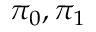
\pi _ { 0 } , \pi _ { 1 }